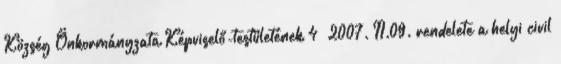
Község Önkormányzata Képviselő-testületének 4 2007. II.09. rendelete a helyi civil